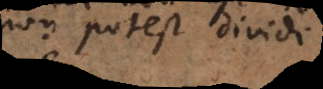
non potest dividi